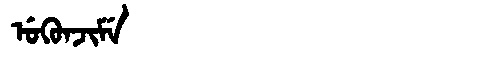
Manchu: ᡠᡴᡠᠨᠵᡳᠮᡝ
Romanization: UKUNJIME